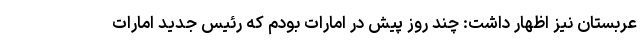
عربستان نیز اظهار داشت: چند روز پیش در امارات بودم که رئیس جدید امارات